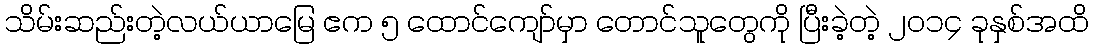
သိမ်းဆည်းတဲ့လယ်ယာမြေ ဧက ၅ ထောင်ကျော်မှာ တောင်သူတွေကို ပြီးခဲ့တဲ့ ၂၀၁၄ ခုနှစ်အထိ